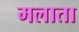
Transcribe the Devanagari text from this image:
मलाता